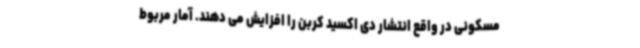
مسکونی در واقع انتشار دی اکسید کربن را افزایش می دهند. آمار مربوط